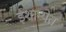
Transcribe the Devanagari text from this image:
ईशान्येत